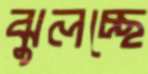
ঝুলচ্ছে